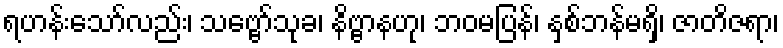
ရဟန်းသော်လည်း၊ သဗ္ဗော်သုခ၊ နိဗ္ဗာနဟု၊ ဘဝမပြန်၊ နှစ်ဘန်မရှိ၊ ဇာတိဇရာ၊